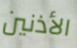
الأذنين